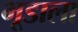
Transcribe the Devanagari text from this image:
भूडाला